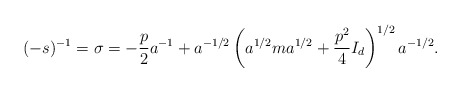
\begin{align*}(-s)^{-1}=\sigma=-\frac{p}2 a^{-1} + a^{-1/2}\left( a^{1/2}ma^{1/2} + \frac{p^2}4I_d\right)^{1/2} a^{-1/2}. \end{align*}